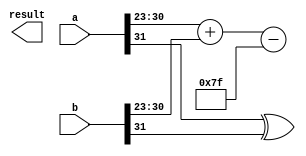
module fp_wallace_tree_multiplier (
    input [31:0] a, // First floating-point number
    input [31:0] b, // Second floating-point number
    output reg [31:0] result // Resulting floating-point number
);

    // IEEE 754 components
    wire sign_a = a[31];
    wire sign_b = b[31];
    wire [7:0] exp_a = a[30:23];
    wire [7:0] exp_b = b[30:23];
    wire [22:0] frac_a = a[22:0];
    wire [22:0] frac_b = b[22:0];

    // Sign calculation
    wire sign_result = sign_a ^ sign_b;

    // Exponent calculation
    wire [8:0] exp_sum = {1'b0, exp_a} + {1'b0, exp_b} - 8'd127; // Subtract bias

    // Significand multiplication (with implicit leading 1)
    wire [47:0] significand_a = {1'b1, frac_a}; // Implicit leading 1
    wire [47:0] significand_b = {1'b1, frac_b}; // Implicit leading 1
    wire [47:0] product = significand_a * significand_b;

    // Wallace tree reduction
    wire [47:0] pp[0:22]; // Partial products
    genvar i, j;
    generate
        for (i = 0; i < 23; i = i + 1) begin : partial_products
            assign pp[i] = {24'b0, significand_a[22-i] & significand_b}; // Generate partial products
        end
    endgenerate

    // Reduction logic (Wallace tree)
    wire [47:0] sum_stage1[0:11];
    wire [11:0] carry_stage1;
    // First stage of reduction
    for (i = 0; i < 12; i = i + 1) begin
        assign sum_stage1[i] = pp[i*2] + pp[i*2 + 1]; // Pairwise addition
    end

    // Second stage of reduction
    wire [47:0] sum_stage2[0:5];
    wire [5:0] carry_stage2;
    for (i = 0; i < 6; i = i + 1) begin
        assign sum_stage2[i] = sum_stage1[i*2] + sum_stage1[i*2 + 1];
    end

    // Final stage
    wire [47:0] final_sum = sum_stage2[0] + sum_stage2[1] + sum_stage2[2] + sum_stage2[3] + sum_stage2[4] + sum_stage2[5];

    // Normalization
    reg [7:0] exp_final;
    reg [22:0] frac_final;
    reg [47:0] normalized_product;
    always @(*) begin
        // Normalize the product
        if (final_sum[47]) begin
            normalized_product = final_sum >> 1; // Shift right
            exp_final = exp_sum + 1; // Adjust exponent
        end else begin
            normalized_product = final_sum; // Already normalized
            exp_final = exp_sum;
        end

        // Rounding logic (simple round to nearest)
        if (normalized_product[0]) begin
            frac_final = normalized_product[46:24] + 1; // Round up
        end else begin
            frac_final = normalized_product[46:24]; // No rounding
        end
    end

    // Assemble the final result
    always @(*) begin
        result = {sign_result, exp_final[7:0], frac_final[22:0]};
    end

endmodule